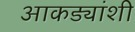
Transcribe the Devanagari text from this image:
आकड्यांशी